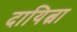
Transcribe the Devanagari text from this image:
दायित्वा